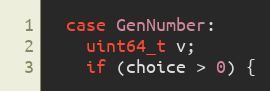
Language: C++
  case GenNumber:
    uint64_t v;
    if (choice > 0) {